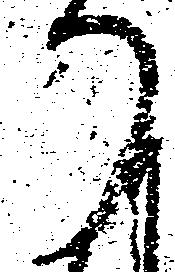
り